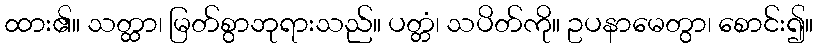
ထား၏။ သတ္ထာ၊ မြတ်စွာဘုရားသည်။ ပတ္တံ၊ သပိတ်ကို။ ဥပနာမေတွာ၊ စောင်း၍။